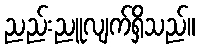
ညည်းညူလျက်ရှိသည်။